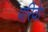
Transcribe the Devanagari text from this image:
परिवेा